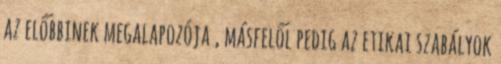
az előbbinek megalapozója , másfelől pedig az etikai szabályok